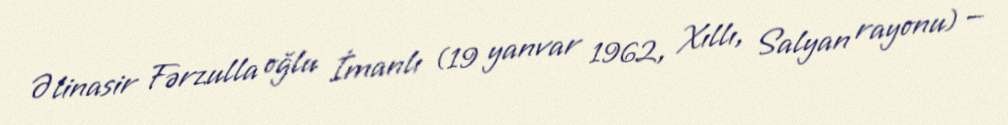
Əlinasir Fərzulla oğlu İmanlı (19 yanvar 1962, Xıllı, Salyan rayonu) —